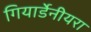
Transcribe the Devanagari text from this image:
गियार्डेनीयरा